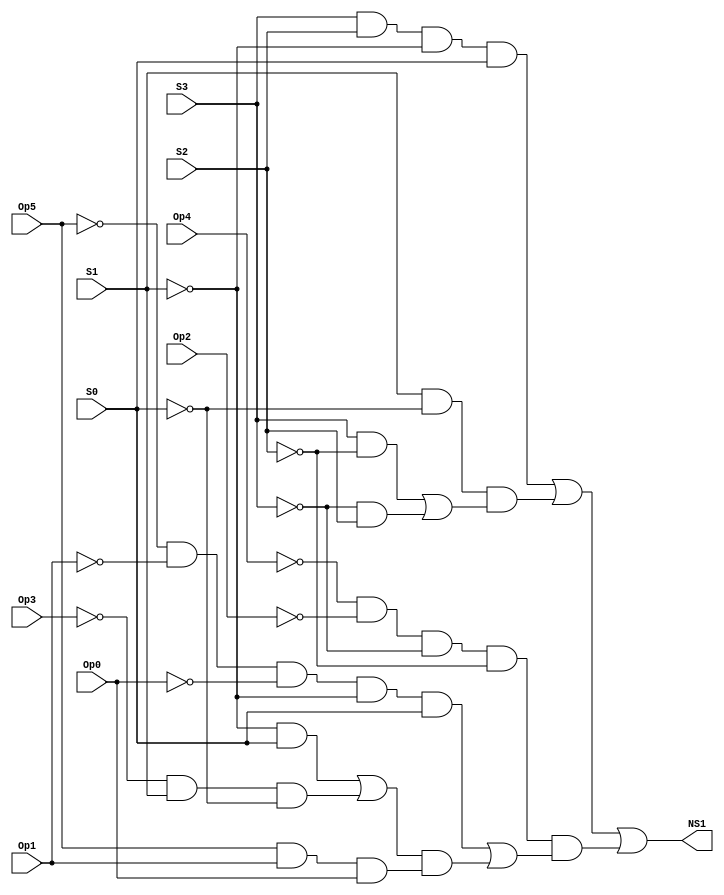
// This program was cloned from: https://github.com/FIUSCIS-CDA/CPU_MultiCycle
// License: MIT License

// Copyright (C) 2020  Intel Corporation. All rights reserved.
// Your use of Intel Corporation's design tools, logic functions 
// and other software and tools, and any partner logic 
// functions, and any output files from any of the foregoing 
// (including device programming or simulation files), and any 
// associated documentation or information are expressly subject 
// to the terms and conditions of the Intel Program License 
// Subscription Agreement, the Intel Quartus Prime License Agreement,
// the Intel FPGA IP License Agreement, or other applicable license
// agreement, including, without limitation, that your use is for
// the sole purpose of programming logic devices manufactured by
// Intel and sold by Intel or its authorized distributors.  Please
// refer to the applicable agreement for further details, at
// https://fpgasoftware.intel.com/eula.

// PROGRAM		"Quartus Prime"
// VERSION		"Version 20.1.1 Build 720 11/11/2020 SJ Lite Edition"
// CREATED		"Sun Aug 14 23:28:40 2022"

module NS1(
	Op5,
	Op4,
	Op3,
	Op2,
	Op1,
	Op0,
	S3,
	S2,
	S1,
	S0,
	NS1
);


input wire	Op5;
input wire	Op4;
input wire	Op3;
input wire	Op2;
input wire	Op1;
input wire	Op0;
input wire	S3;
input wire	S2;
input wire	S1;
input wire	S0;
output wire	NS1;

wire	SYNTHESIZED_WIRE_0;
wire	SYNTHESIZED_WIRE_1;
wire	SYNTHESIZED_WIRE_32;
wire	SYNTHESIZED_WIRE_33;
wire	SYNTHESIZED_WIRE_4;
wire	SYNTHESIZED_WIRE_34;
wire	SYNTHESIZED_WIRE_35;
wire	SYNTHESIZED_WIRE_7;
wire	SYNTHESIZED_WIRE_8;
wire	SYNTHESIZED_WIRE_9;
wire	SYNTHESIZED_WIRE_10;
wire	SYNTHESIZED_WIRE_11;
wire	SYNTHESIZED_WIRE_12;
wire	SYNTHESIZED_WIRE_13;
wire	SYNTHESIZED_WIRE_14;
wire	SYNTHESIZED_WIRE_15;
wire	SYNTHESIZED_WIRE_17;
wire	SYNTHESIZED_WIRE_18;
wire	SYNTHESIZED_WIRE_19;
wire	SYNTHESIZED_WIRE_20;
wire	SYNTHESIZED_WIRE_24;
wire	SYNTHESIZED_WIRE_25;
wire	SYNTHESIZED_WIRE_26;
wire	SYNTHESIZED_WIRE_27;
wire	SYNTHESIZED_WIRE_29;
wire	SYNTHESIZED_WIRE_30;
wire	SYNTHESIZED_WIRE_31;




assign	SYNTHESIZED_WIRE_13 =  ~Op5;

assign	SYNTHESIZED_WIRE_0 =  ~Op4;

assign	SYNTHESIZED_WIRE_17 = SYNTHESIZED_WIRE_0 & SYNTHESIZED_WIRE_1 & SYNTHESIZED_WIRE_32 & SYNTHESIZED_WIRE_33;

assign	SYNTHESIZED_WIRE_8 = SYNTHESIZED_WIRE_4 & S1 & SYNTHESIZED_WIRE_34;

assign	SYNTHESIZED_WIRE_7 = SYNTHESIZED_WIRE_35 & S0;

assign	SYNTHESIZED_WIRE_9 = SYNTHESIZED_WIRE_7 | SYNTHESIZED_WIRE_8;

assign	SYNTHESIZED_WIRE_10 = Op5 & Op1 & Op0;

assign	SYNTHESIZED_WIRE_12 = SYNTHESIZED_WIRE_9 & SYNTHESIZED_WIRE_10;

assign	SYNTHESIZED_WIRE_18 = SYNTHESIZED_WIRE_11 | SYNTHESIZED_WIRE_12;

assign	SYNTHESIZED_WIRE_31 = SYNTHESIZED_WIRE_13 & SYNTHESIZED_WIRE_14 & SYNTHESIZED_WIRE_15 & SYNTHESIZED_WIRE_35;

assign	SYNTHESIZED_WIRE_20 = SYNTHESIZED_WIRE_17 & SYNTHESIZED_WIRE_18;

assign	NS1 = SYNTHESIZED_WIRE_19 | SYNTHESIZED_WIRE_20;

assign	SYNTHESIZED_WIRE_4 =  ~Op3;

assign	SYNTHESIZED_WIRE_26 = S1 & SYNTHESIZED_WIRE_34;

assign	SYNTHESIZED_WIRE_25 = SYNTHESIZED_WIRE_32 & S2;

assign	SYNTHESIZED_WIRE_24 = S3 & SYNTHESIZED_WIRE_33;

assign	SYNTHESIZED_WIRE_27 = SYNTHESIZED_WIRE_24 | SYNTHESIZED_WIRE_25;

assign	SYNTHESIZED_WIRE_30 = SYNTHESIZED_WIRE_26 & SYNTHESIZED_WIRE_27;

assign	SYNTHESIZED_WIRE_29 = S3 & S2 & SYNTHESIZED_WIRE_35 & S0;

assign	SYNTHESIZED_WIRE_19 = SYNTHESIZED_WIRE_29 | SYNTHESIZED_WIRE_30;

assign	SYNTHESIZED_WIRE_11 = SYNTHESIZED_WIRE_31 & S0;

assign	SYNTHESIZED_WIRE_1 =  ~Op2;

assign	SYNTHESIZED_WIRE_14 =  ~Op1;

assign	SYNTHESIZED_WIRE_15 =  ~Op0;

assign	SYNTHESIZED_WIRE_32 =  ~S3;

assign	SYNTHESIZED_WIRE_33 =  ~S2;

assign	SYNTHESIZED_WIRE_35 =  ~S1;

assign	SYNTHESIZED_WIRE_34 =  ~S0;


endmodule